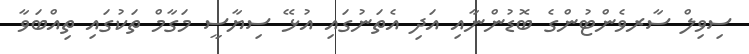
ސިވިލް ސާރވެންޓުންގެ ބޮޑުންނާއި އަދި އެތަނުގައި އުޅޭ ސިޔާސީ މަގާމް ތަކުގައި ތިއްބަވާ